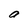
Character: a